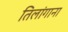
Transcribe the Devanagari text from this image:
तिलांगाना